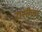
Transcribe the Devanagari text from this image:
रासीला